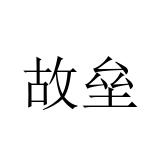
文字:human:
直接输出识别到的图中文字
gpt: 故垒